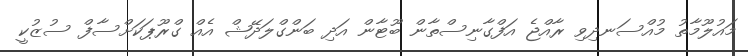
މައުލޫމާތު މުއްސަނދިވި ރާއްޖެ އަފްގާނިސްތާން ބޫޓާން އަދި ބަންގްލަދޭޝް އެއް ގްރޫޕަކަށްސާފް ސުޒުކީ